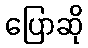
ပြောဆို